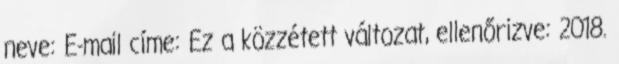
neve: E-mail címe: Ez a közzétett változat, ellenőrizve: 2018.